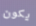
يكون